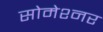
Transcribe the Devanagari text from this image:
सोमेश्नर